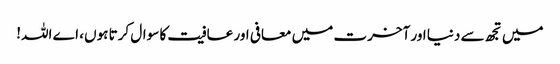
میں تجھ سے دنیا اور آخرت میں معافی اور عافیت کا سوال کرتا ہوں، اے اللہ!